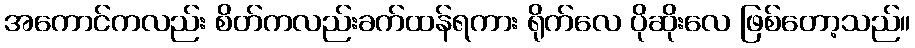
အကောင်ကလည်း စိတ်ကလည်းခက်ထန်ရကား ရိုက်လေ ပိုဆိုးလေ ဖြစ်တော့သည်။